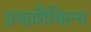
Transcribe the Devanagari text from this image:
प्रयत्नशैथिल्य